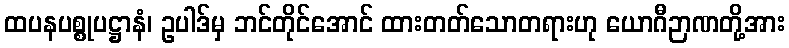
ထပနပစ္စုပဋ္ဌာနံ၊ ဥပါဒ်မှ ဘင်တိုင်အောင် ထားတတ်သောတရားဟု ယောဂီဉာဏတို့အား